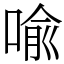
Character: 喩